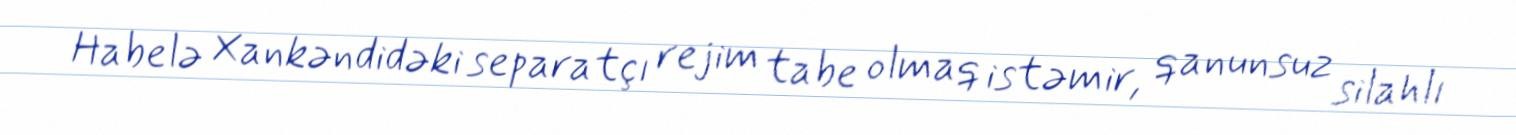
Habelə Xankəndidəki separatçı rejim tabe olmaq istəmir, qanunsuz silahlı